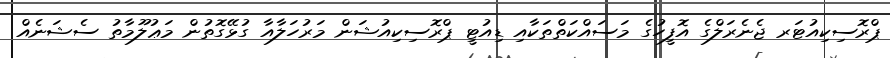
ޕްރޮސިކިއުޓަރ ޖެނެރަލްގެ އޮފީހުގެ މަސައްކަތްތަކާއި ޑިއުޓީ ޕްރޮސިކިއުޝަން މަރުހަލާއާ ގުޅޭގޮތުން މަޢުލޫމާތު ސެޝަނެއް